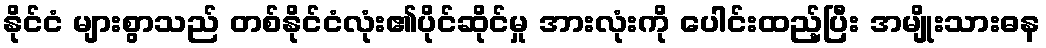
နိုင်ငံ များစွာသည် တစ်နိုင်ငံလုံး၏ပိုင်ဆိုင်မှု အားလုံးကို ပေါင်းထည့်ပြီး အမျိုးသားဓန